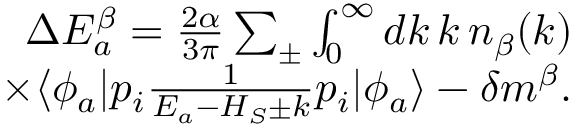
\begin{array} { r } { \Delta E _ { a } ^ { \beta } = \frac { 2 \alpha } { 3 \pi } \sum _ { \pm } \int _ { 0 } ^ { \infty } d k \, k \, n _ { \beta } ( k ) } \\ { \times \langle \phi _ { a } | p _ { i } \frac { 1 } { E _ { a } - H _ { S } \pm k } p _ { i } | \phi _ { a } \rangle - \delta m ^ { \beta } . } \end{array}